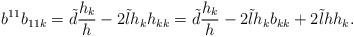
LaTeX: \begin{align*} b^{11}b_{11k}=\tilde{d}\frac{h_{k}}{h}-2\tilde{l}h_{k}h_{kk}=\tilde{d}\frac{h_{k}}{h}-2\tilde{l}h_{k}b_{kk}+2\tilde{l}hh_{k}.\end{align*}